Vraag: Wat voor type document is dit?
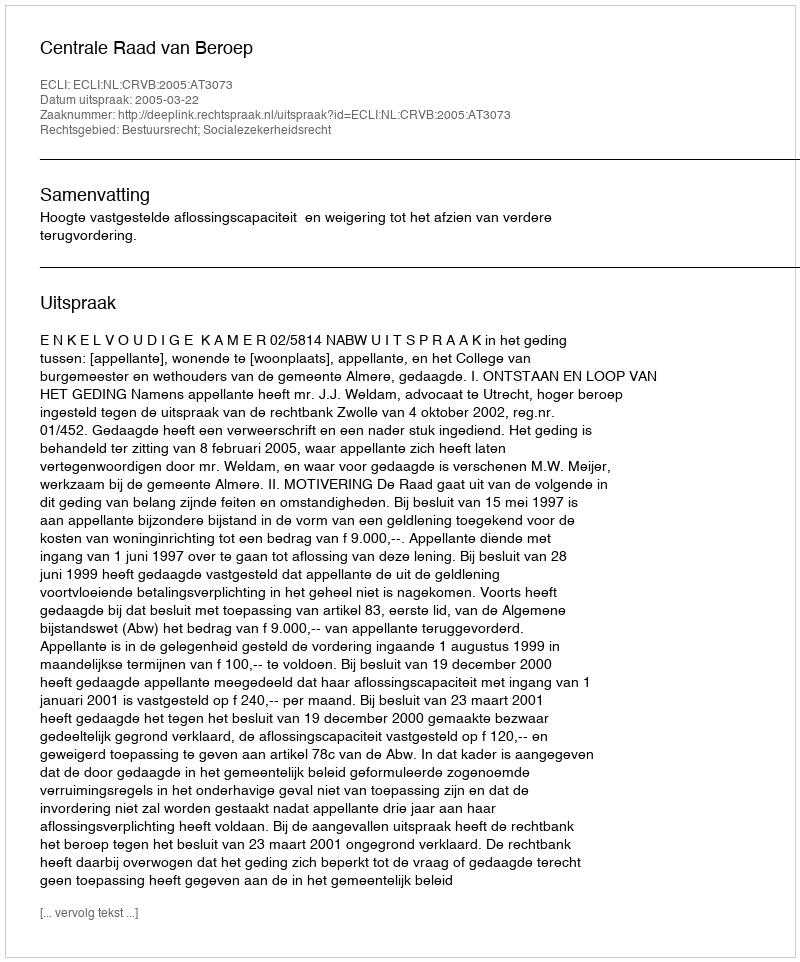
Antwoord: Uitspraak